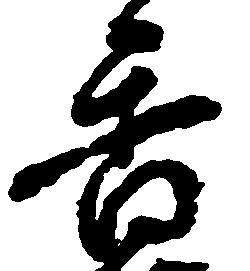
香